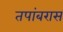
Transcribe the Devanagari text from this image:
तपांबरास